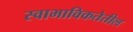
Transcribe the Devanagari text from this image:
स्वाभाविकतेतील